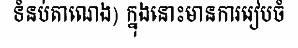
ទំនប់តាណេង) ក្នុងនោះមានការរៀបចំ